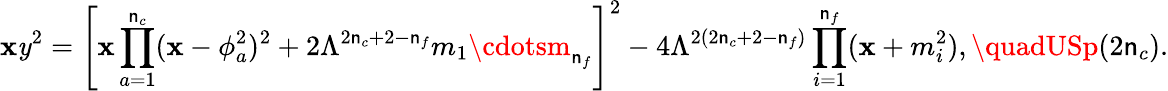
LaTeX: \mathbf{x}\mathit{y}^{2}=\left[\mathbf{x}\prod_{a=1}^{\mathsf{n}_{c}}(\mathbf{x}-\phi_{a}^{2})^{2}+2\Lambda^{2\mathsf{n}_{c}+2-\mathsf{n}_{f}}m_{1}\cdotsm_{\mathsf{n}_{f}}\right]^{2}-4\Lambda^{2(2\mathsf{n}_{c}+2-\mathsf{n}_{f})}\prod_{i=1}^{\mathsf{n}_{f}}(\mathbf{x}+m_{i}^{2}),\quadUSp(2\mathsf{n}_{c}).